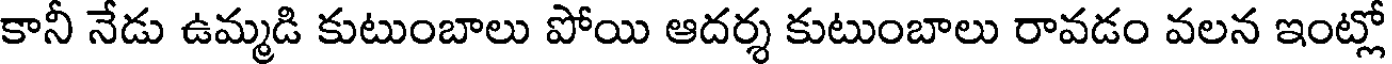
కానీ నేడు ఉమ్మడి కుటుంబాలు పోయి ఆదర్శ కుటుంబాలు రావడం వలన ఇంట్లో